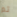
تم